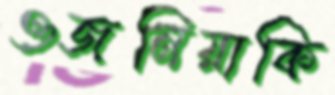
ওজনিয়াকি